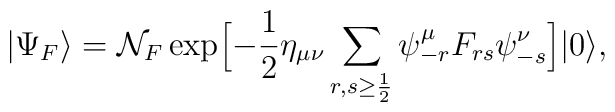
|\Psi_F \rangle = {\cal N}_F \exp \Bigl[ -{1 \over 2} \eta_{\mu \nu}\sum_{r,s \ge {1\over 2}} \psi^{\mu}_{-r} F_{rs} \psi^{\nu}_{-s} \Bigr]|0 \rangle,